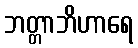
ဘတ္တာဘိဟာရေ